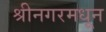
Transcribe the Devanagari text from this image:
श्रीनगरमधून